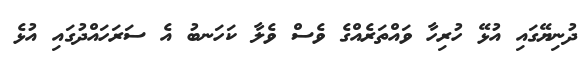
ދުނިޔޭގައި އުޅޭ ހުރިހާ ވައްތަރެއްގެ ވެސް ވެލާ ކަހަނބު އެ ސަރަހައްދުގައި އުޅެ